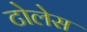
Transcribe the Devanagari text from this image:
टोलेस